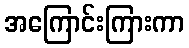
အကြောင်းကြားကာ